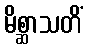
မိစ္ဆာသတိံ